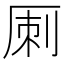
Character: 𠩪